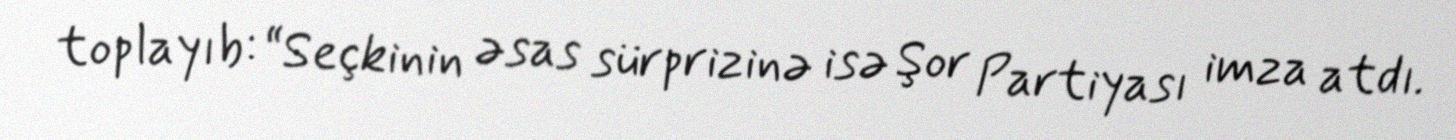
toplayıb: “Seçkinin əsas sürprizinə isə Şor Partiyası imza atdı.